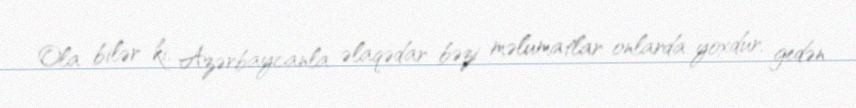
Ola bilər ki, Azərbaycanla əlaqədar bəzi məlumatlar onlarda yoxdur, gedən